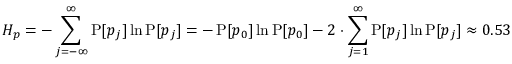
H _ { p } = - \sum _ { j = - \infty } ^ { \infty } \operatorname { P } [ p _ { j } ] \ln \operatorname { P } [ p _ { j } ] = - \operatorname { P } [ p _ { 0 } ] \ln \operatorname { P } [ p _ { 0 } ] - 2 \cdot \sum _ { j = 1 } ^ { \infty } \operatorname { P } [ p _ { j } ] \ln \operatorname { P } [ p _ { j } ] \approx 0 . 5 3